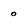
Character: o